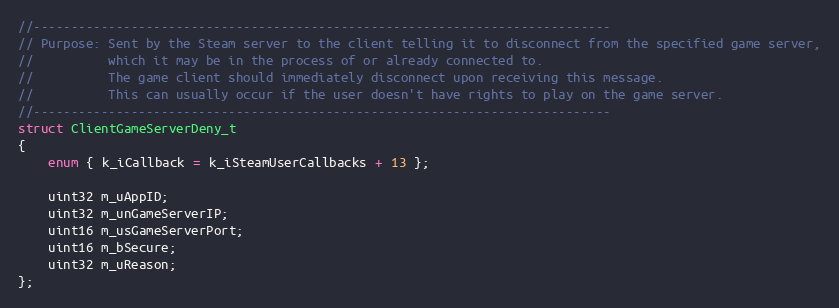
Language: C
//-----------------------------------------------------------------------------
// Purpose: Sent by the Steam server to the client telling it to disconnect from the specified game server,
//			which it may be in the process of or already connected to.
//			The game client should immediately disconnect upon receiving this message.
//			This can usually occur if the user doesn't have rights to play on the game server.
//-----------------------------------------------------------------------------
struct ClientGameServerDeny_t
{
	enum { k_iCallback = k_iSteamUserCallbacks + 13 };

	uint32 m_uAppID;
	uint32 m_unGameServerIP;
	uint16 m_usGameServerPort;
	uint16 m_bSecure;
	uint32 m_uReason;
};